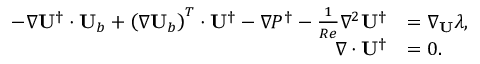
\begin{array} { r l } { - \nabla \mathbf { U } ^ { \dagger } \cdot \mathbf { U } _ { b } + \left( \nabla \mathbf { U } _ { b } \right) ^ { T } \cdot \mathbf { U } ^ { \dagger } - \nabla P ^ { \dagger } - \frac { 1 } { R e } \nabla ^ { 2 } \mathbf { U } ^ { \dagger } } & { = \nabla _ { \mathbf { U } } \lambda , } \\ { \nabla \cdot \mathbf { U } ^ { \dagger } } & { = 0 . } \end{array}